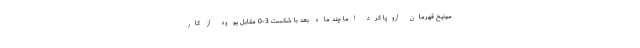
مونیخ قهرمان اروپا کرد اما چند ماه بعد با شکست 3-0 مقابل یووه از کار